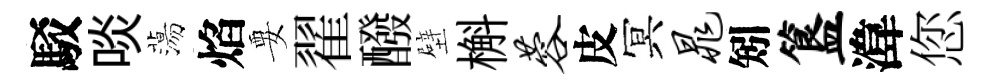
駁啖蕩焰要翟醱壁槲蓉皮冥晁矧簋湋您